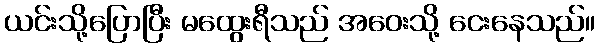
ယင်းသို့ပြောပြီး မထွေးရီသည် အဝေးသို့ ငေးနေသည်။